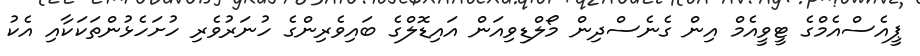
ޕީއެސްއެމްގެ ޓީވީއެމް އިން ގެނެސްދިން މޯލްޑިވިއަން އައިޑޮލްގެ ބައިވެރިންގެ ހުނަރުވެރި ހުށަހެޅުންތަކަކާއި އެކު